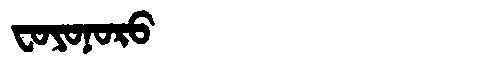
Manchu: ᠸᠣᠶᠣᠨᠣᡵᠣ
Romanization: FOYONORO